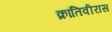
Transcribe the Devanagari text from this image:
क्रांतिवीरास